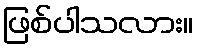
ဖြစ်ပါသလား။